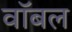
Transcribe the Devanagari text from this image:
वॉबल